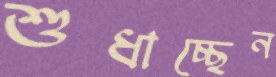
শুধাচ্ছেন